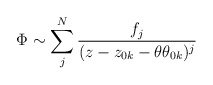
\begin{align*}\Phi\sim \sum_{j}^{N}\frac{f_{j}}{(z-z_{0k}-\theta\theta_{0k})^{j}}\end{align*}